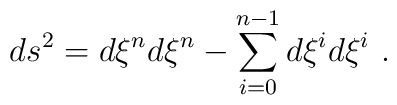
ds^2=d\xi^n d\xi^n- \sum_{i=0}^{n-1}d\xi^id\xi^i~.